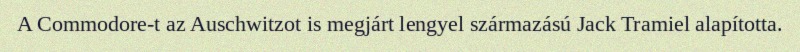
A Commodore-t az Auschwitzot is megjárt lengyel származású Jack Tramiel alapította.